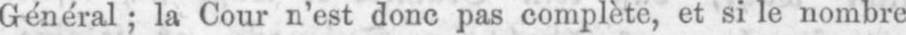
Général; la Cour n’est donc pas complète, et si le nombre